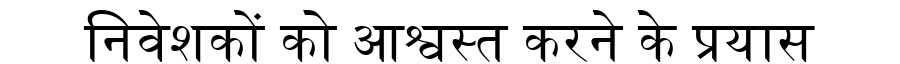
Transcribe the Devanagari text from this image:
निवेशकों को आश्वस्त करने के प्रयास